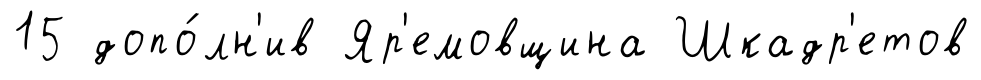
15 допо́лн'ив Яр'емовщина Шкадр'етов